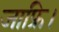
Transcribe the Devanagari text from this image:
जाफ्रि।